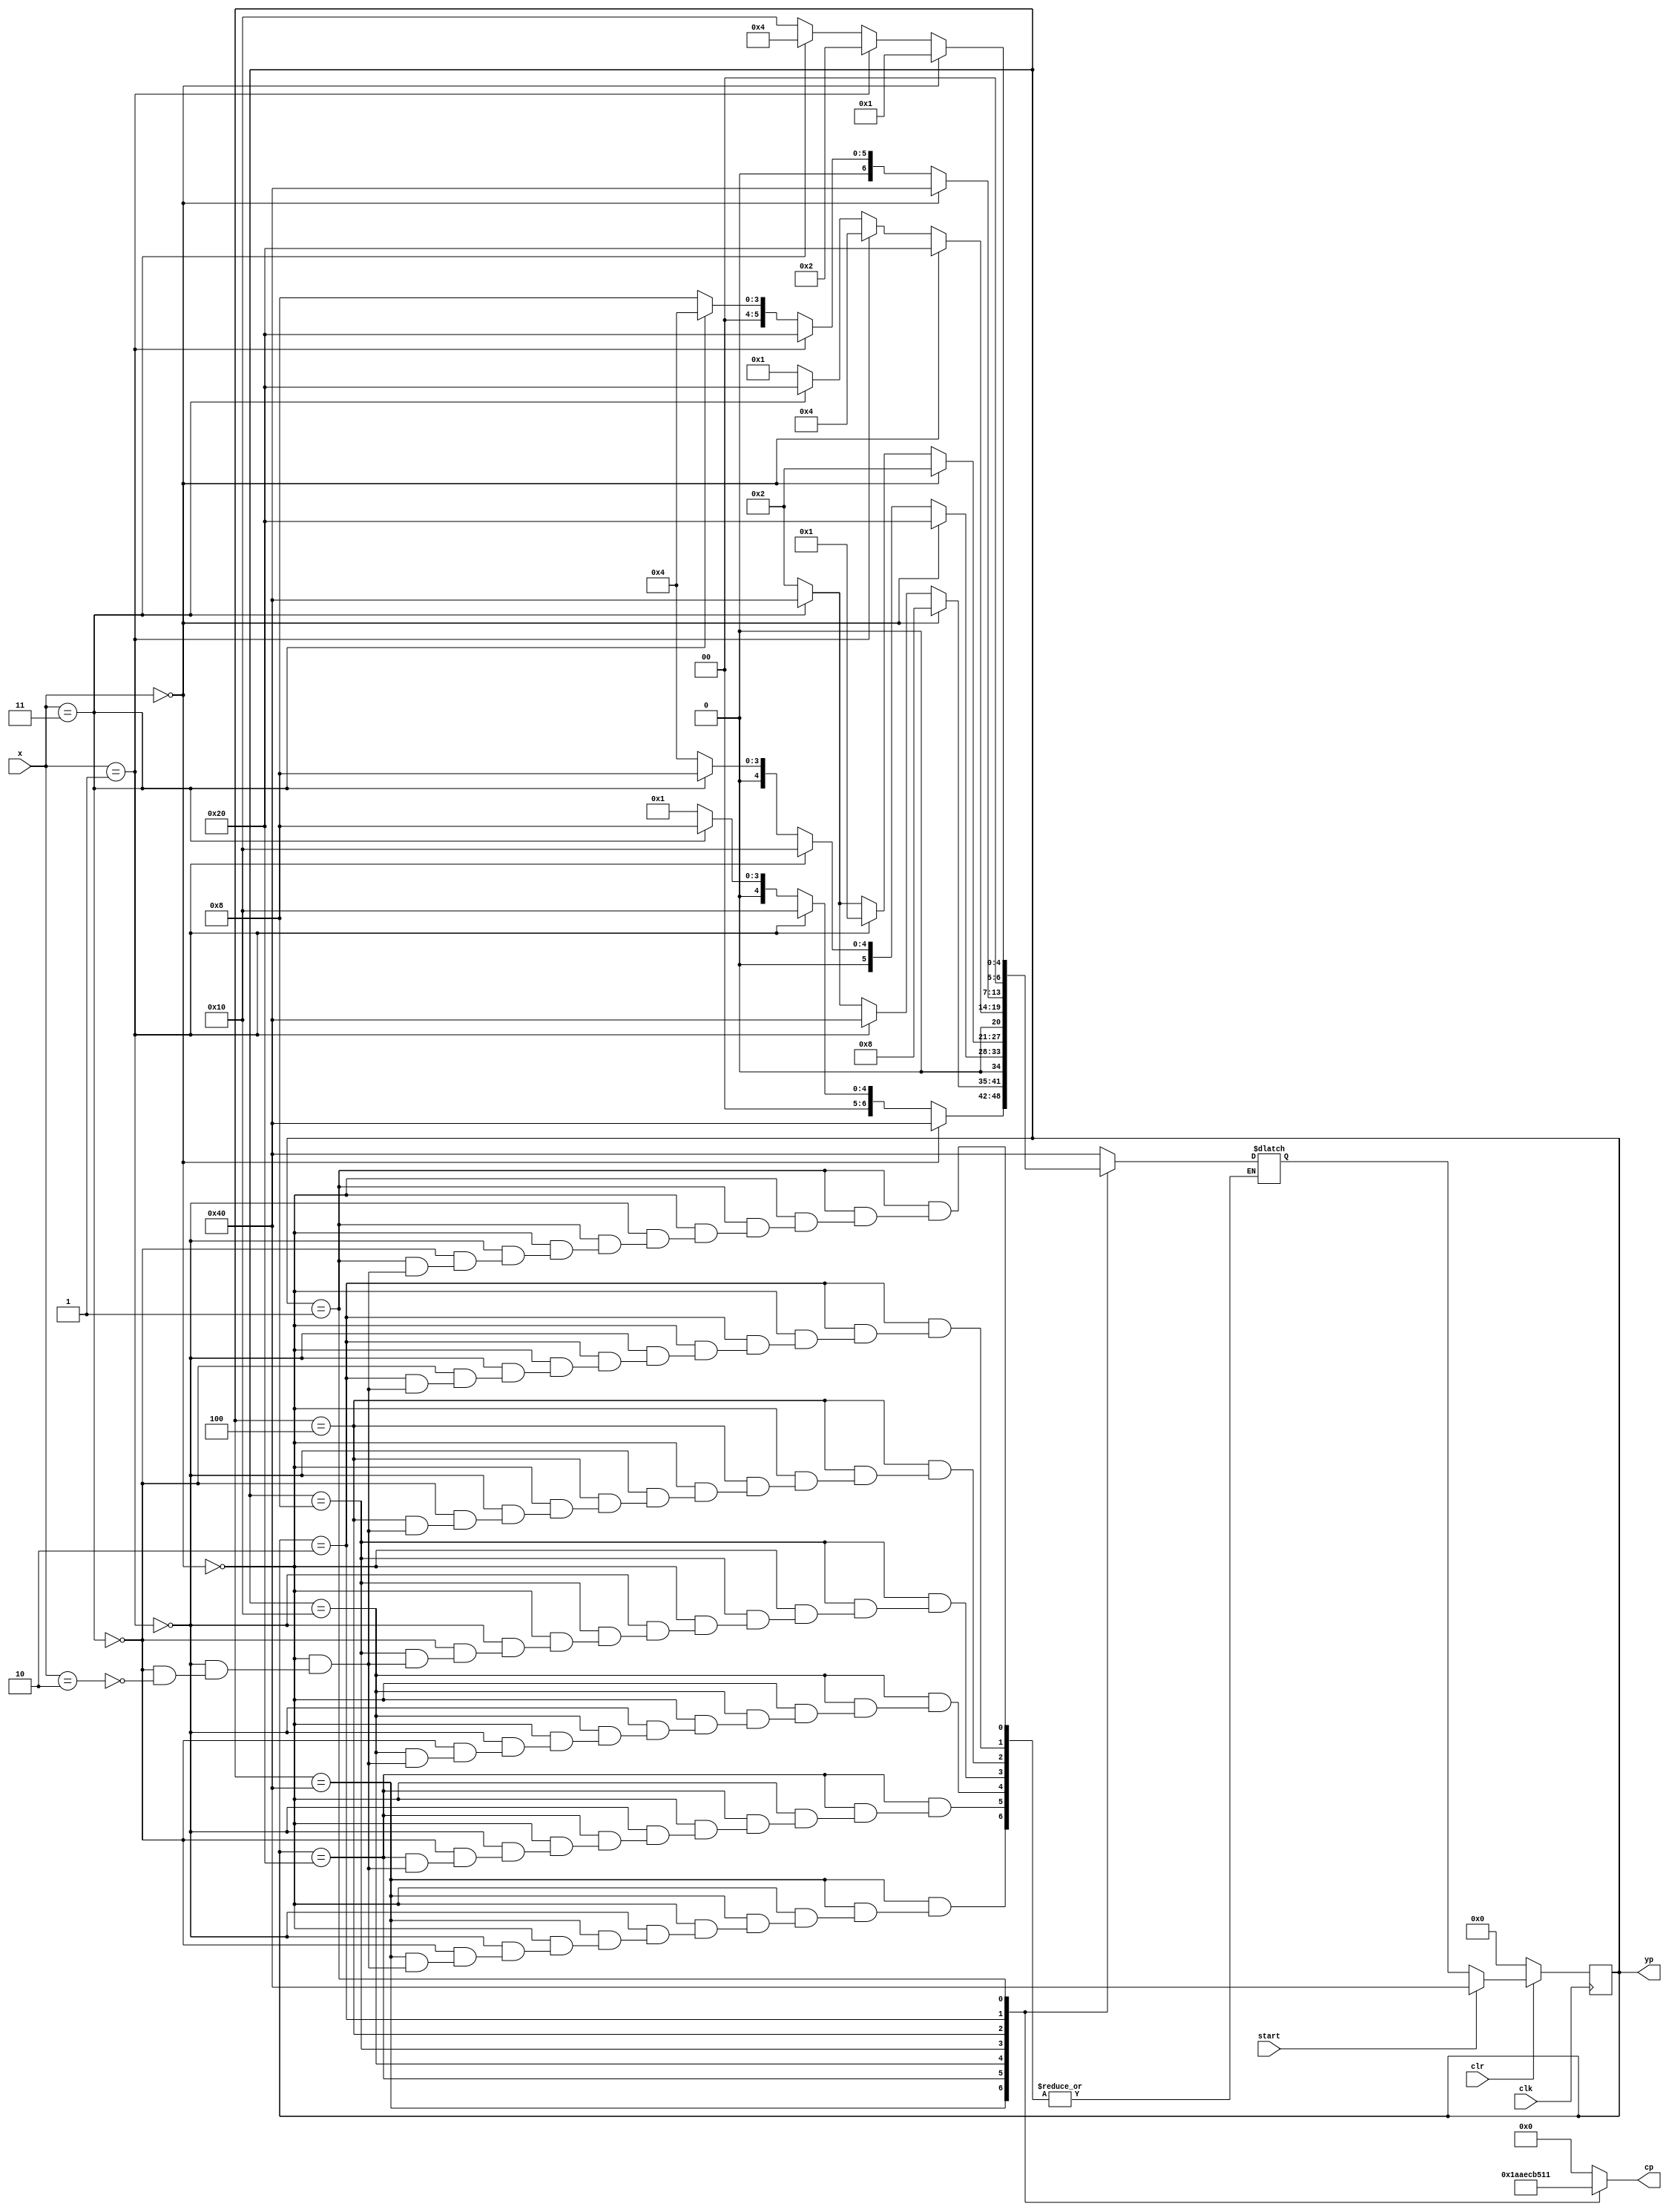
`timescale 1ns / 1ps
//////////////////////////////////////////////////////////////////////////////////
// Alex Hendren
// Sean McFeely
// EE480 - Spring 2013 - Heath
// Accumulator Based Processor
//
//	one_hot_fsm : One-Hot Finite State Machine
//
//////////////////////////////////////////////////////////////////////////////////
module one_hot_fsm(clk, clr, x, start, yp, cp);
	input clk, start, clr; 
	input [1:0] x;
	output reg [4:0] cp; //Control Points
	output reg [6:0] yp; //One-Hot Encoded "Present State"
	reg	[6:0] Y;	// Y - Next State
	
	parameter a=7'b1000000;
	parameter b=7'b0100000;
	parameter c=7'b0010000;
	parameter d=7'b0001000;
	parameter e=7'b0000100;
	parameter f=7'b0000010;
	parameter g=7'b0000001;
	
	always @ (x or yp) begin //Determine next state Y process
		case(yp)
		a: 	  if(x==2'b00) begin Y=a; end
			else if(x==2'b01) begin Y=c; end
			else if(x==2'b11) begin Y=d; end
			else if(x==2'b10) begin Y=g; end
		b: 	  if(x==2'b00) begin Y=d; end
			else if(x==2'b01) begin Y=a; end
			else if(x==2'b11) begin Y=a; end
			else if(x==2'b10) begin Y=f; end
		c: 	  if(x==2'b00) begin Y=b; end
			else if(x==2'b01) begin Y=c; end
			else if(x==2'b11) begin Y=d; end
			else if(x==2'b10) begin Y=e; end
		d: 	  if(x==2'b00) begin Y=f; end
			else if(x==2'b01) begin Y=g; end
			else if(x==2'b11) begin Y=a; end
			else if(x==2'b10) begin Y=f; end
		e: 	  if(x==2'b00) begin Y=b; end
			else if(x==2'b01) begin Y=e; end
			else if(x==2'b11) begin Y=b; end
			else if(x==2'b10) begin Y=g; end
		f: 	  if(x==2'b00) begin Y=a; end
			else if(x==2'b01) begin Y=b; end
			else if(x==2'b11) begin Y=e; end
			else if(x==2'b10) begin Y=d; end
		g: 	  if(x==2'b00) begin Y=g; end
			else if(x==2'b01) begin Y=f; end
			else if(x==2'b11) begin Y=e; end
			else if(x==2'b10) begin Y=c; end
		default:	Y=a;
		endcase
	end
	
	//Clear, Reset and State Transition Process
	
	always @(posedge clk) begin
		if(clr==1'b0) begin yp=7'b0000000; end
		else if (start==1'b1) begin yp=a; end
		else	begin yp = Y; end
	end
	
	//Output Control Points
	
	always @ (yp) begin
		case (yp)
			a: cp=5'b00110;
			b: cp=5'b10101;
			c: cp=5'b01110;
			d: cp=5'b11001;
			e: cp=5'b01101;
			f: cp=5'b01000;
			g: cp=5'b10001;
			default: cp=5'b00000;
		endcase
	end
	
endmodule